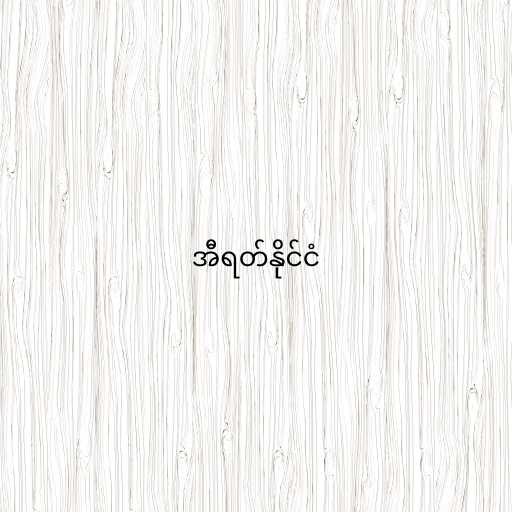
အီရတ်နိုင်ငံ